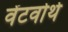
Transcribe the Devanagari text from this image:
वेंटवोर्थ